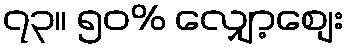
၇၃။ ၅၀% လျှော့စျေး